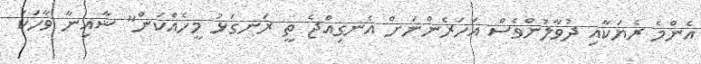
އެންމެ ރެޔަކާއި ދުވާލުންވެސް އަހަރެންނަށް އެނގިއްޖެ ތީ ރަނގަޅު މީހެއްކަން" ޝާއިނާ ވާހަކަ